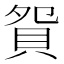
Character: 𧵍